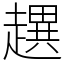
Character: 趩